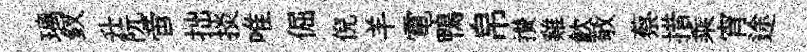
璃釵升阮啻拙掞唯倔倪羊電鴨帛攅雞飮敬蔡措乘宵途